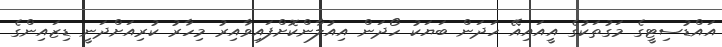
އައްޑުސިޓީގެ މަގުތަކުގެ އީއައިއޭ ހަދަން ބަޔަކު ހޯދަން އިއުލާންކޮށްފައިވާއިރު މިހާރު ކުރިއަށްދަނީ ޑިޒައިންގެ